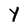
Character: Y